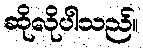
ဆိုလိုပါသည်။